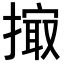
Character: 𢲻